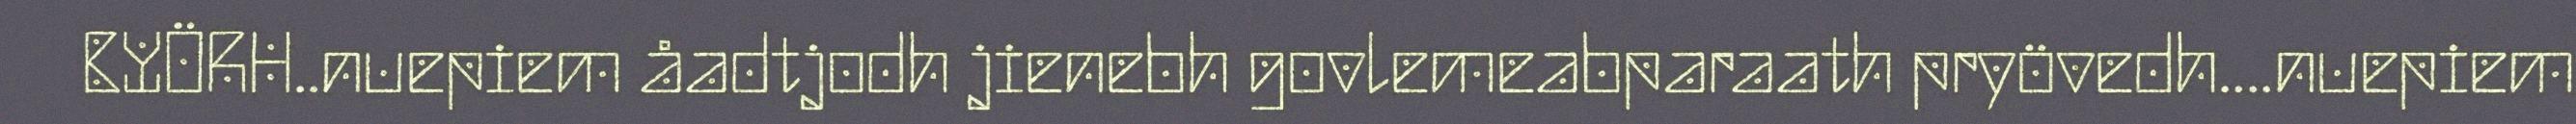
BYÖRH..nuepiem åadtjodh jienebh govlemeabparaath pryövedh....nuepiem